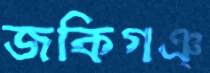
জকিগঞ্